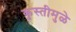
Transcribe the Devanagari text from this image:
कुस्तीमुळे